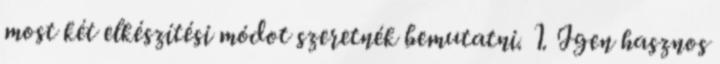
most két elkészítési módot szeretnék bemutatni. 1. Igen hasznos